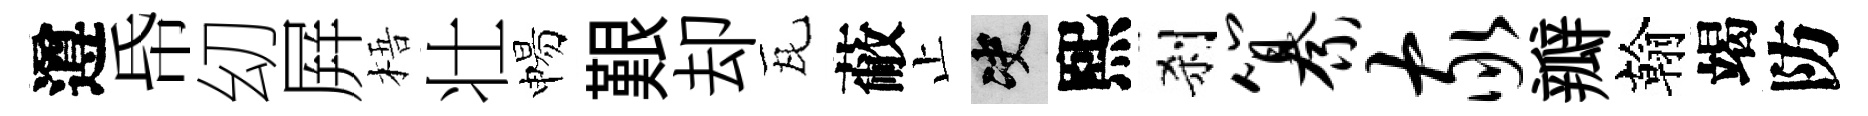
遵帋㓜屛梧壮惕艱却瓦蔽止决熙刹纂家瓣翰竭防